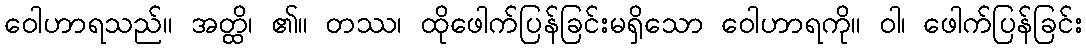
ဝေါဟာရသည်။ အတ္ထိ၊ ၏။ တဿ၊ ထိုဖေါက်ပြန်ခြင်းမရှိသော ဝေါဟာရကို။ ဝါ၊ ဖေါက်ပြန်ခြင်း